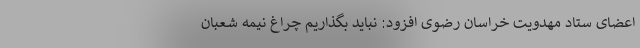
اعضای ستاد مهدویت خراسان رضوی افزود: نباید بگذاریم چراغ نیمه شعبان